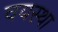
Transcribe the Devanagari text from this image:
वयस्था